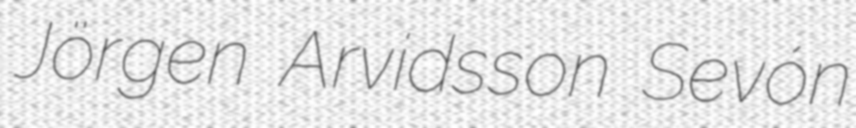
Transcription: Jörgen Arvidsson Sevón